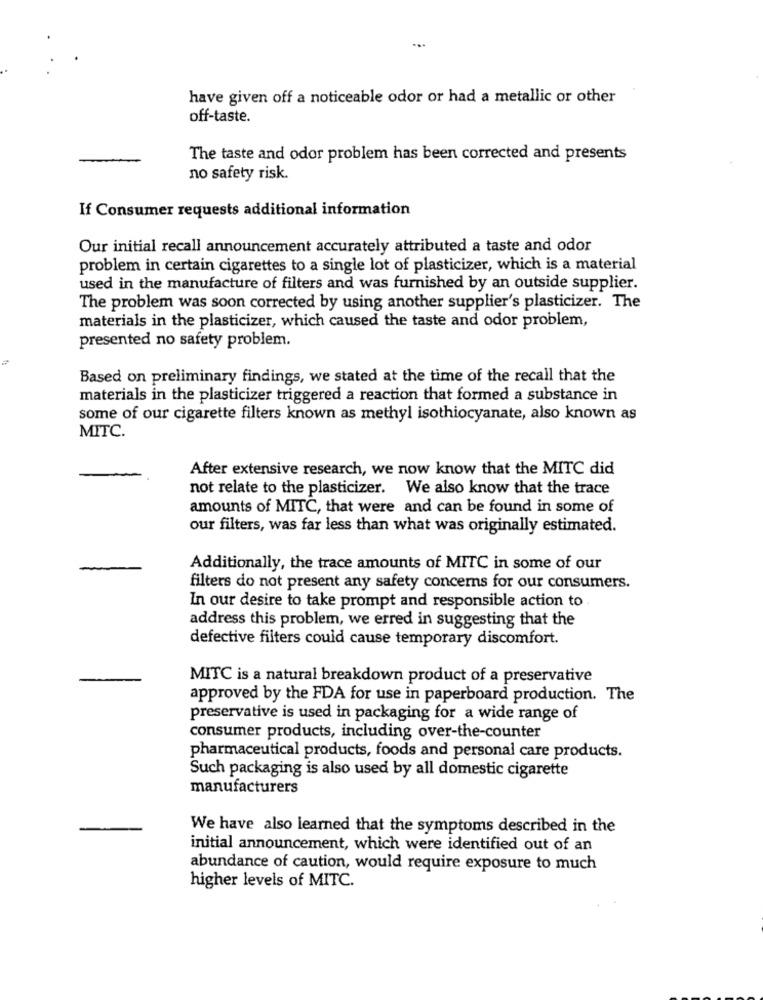
have given off a noticeable odor or had a metallic or other
off-taste.
The taste and odor problem has been corrected and presents
no safety risk.
If Consumer requests additional information
Our initial recall announcement accurately attributed a taste and odor
problem in certain cigarettes to a single lot of plasticizer, which is a material
used in the manufacture of filters and was furnished by an outside supplier.
The problem was soon corrected by using another supplier's plasticizer. The
materials in the plasticizer, which caused the taste and odor problem,
presented no safety problem.
Based on preliminary findings, we stated at the time of the recall that the
materials in the plasticizer triggered a reaction that formed a substance in
some of our cigarette filters known as methyl isothiocyanate, also known as
MITC.
After extensive research, we now know that the MITC did
not relate to the plasticizer. We also know that the trace
amounts of MITC, that were and can be found in some of
our filters, was far less than what was originally estimated.
Additionally, the trace amounts of MITC in some of our
filters do not present any safety concerns for our consumers.
In our desire to take prompt and responsible action to
address this problem, we erred in suggesting that the
defective filters could cause temporary discomfort.
MITC is a natural breakdown product of a preservative
approved by the FDA for use in paperboard production. The
preservative is used in packaging for a wide range of
consumer products, including over-the-counter
pharmaceutical products, foods and personal care products.
Such packaging is also used by all domestic cigarette
manufacturers
-
We have also learned that the symptoms described in the
initial announcement, which were identified out of an
abundance of caution, would require exposure to much
higher levels of MITC.